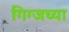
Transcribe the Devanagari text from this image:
गिग्जच्या